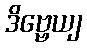
ဒိဗ္ဗေယျ